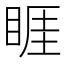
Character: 睚